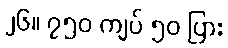
၂၆။ ၇၅၀ ကျပ် ၅၀ ပြား